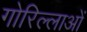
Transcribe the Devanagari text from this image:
गोरिल्लाओं